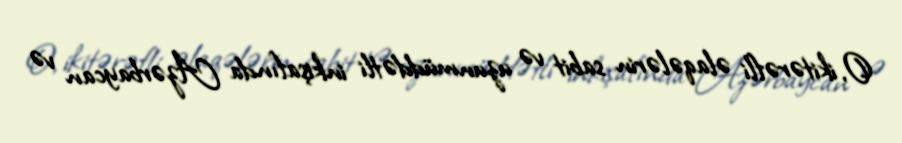
O, ikitərəfli əlaqələrin sabit və uzunmüddətli inkişafında Azərbaycan və